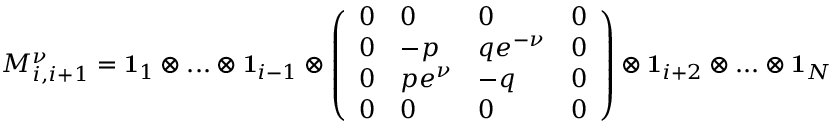
M _ { i , i + 1 } ^ { \nu } = \mathbf { 1 } _ { 1 } \otimes . . . \otimes \mathbf { 1 } _ { i - 1 } \otimes \left( \begin{array} { l l l l } { 0 } & { 0 } & { 0 } & { 0 } \\ { 0 } & { - p } & { q e ^ { - \nu } } & { 0 } \\ { 0 } & { p e ^ { \nu } } & { - q } & { 0 } \\ { 0 } & { 0 } & { 0 } & { 0 } \end{array} \right) \otimes \mathbf { 1 } _ { i + 2 } \otimes . . . \otimes \mathbf { 1 } _ { N }